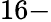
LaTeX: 16-